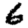
Digit: 6